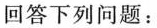
回答下列问题：